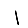
Digit: 1